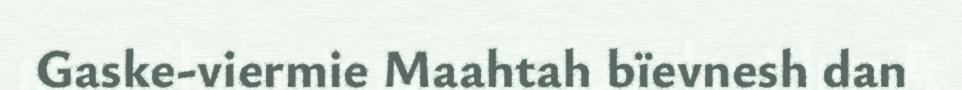
Gaske-viermie Maahtah bïevnesh dan